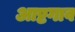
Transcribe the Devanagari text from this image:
आष्टगाव